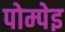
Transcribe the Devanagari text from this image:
पोम्पेइ